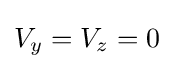
V_{y}=V_{z}=0